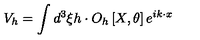
V _ { h } = \int d ^ { 3 } \xi h \cdot O _ { h } \left[ X , \theta \right] e ^ { i k \cdot x }